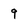
Character: 9